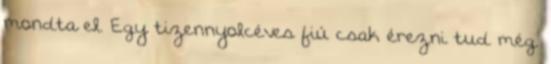
mondta el. Egy tizennyolcéves fiú csak érezni tud még.